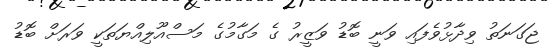
ޖަގަނަތު ވިދާޅުވެފައި ވަނީ ބޮޑު ވަޒީރު ގެ މަގާމުގެ މަސްއޫލިއްޔަތަކީ ވަރަށް ބޮޑު